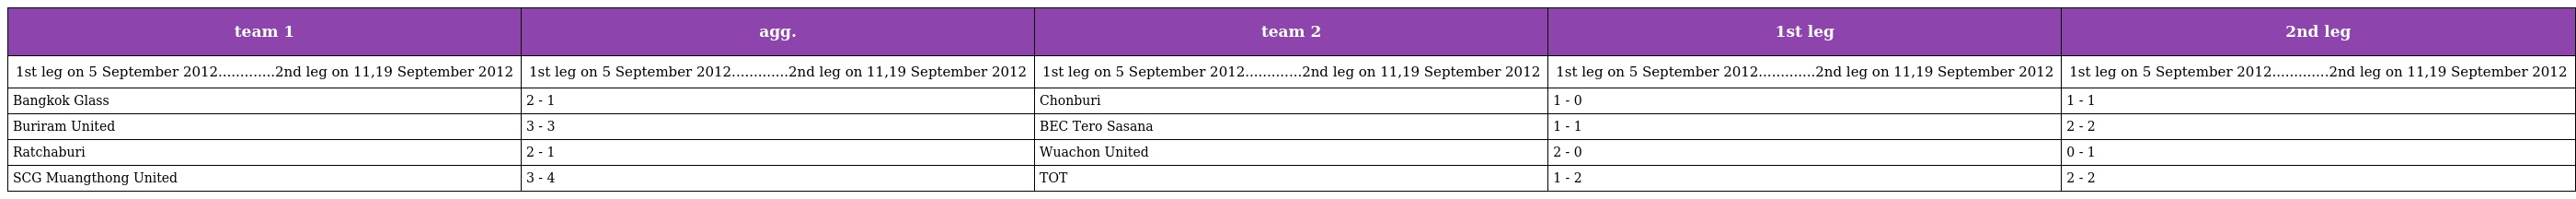
| team 1 | agg. | team 2 | 1st leg | 2nd leg |
 | --- | --- | --- | --- | --- |
 | 1st leg on 5 September 2012.............2nd leg on 11,19 September 2012 | 1st leg on 5 September 2012.............2nd leg on 11,19 September 2012 | 1st leg on 5 September 2012.............2nd leg on 11,19 September 2012 | 1st leg on 5 September 2012.............2nd leg on 11,19 September 2012 | 1st leg on 5 September 2012.............2nd leg on 11,19 September 2012 |
 | Bangkok Glass | 2 - 1 | Chonburi | 1 - 0 | 1 - 1 |
 | Buriram United | 3 - 3 | BEC Tero Sasana | 1 - 1 | 2 - 2 |
 | Ratchaburi | 2 - 1 | Wuachon United | 2 - 0 | 0 - 1 |
 | SCG Muangthong United | 3 - 4 | TOT | 1 - 2 | 2 - 2 |